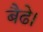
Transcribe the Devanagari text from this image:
बैढे।